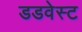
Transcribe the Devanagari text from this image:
डडवेस्ट